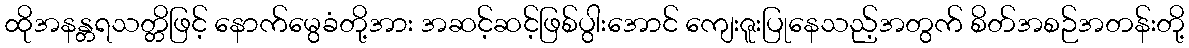
ထိုအနန္တရသတ္တိဖြင့် နောက်မွေခံတို့အား အဆင့်ဆင့်ဖြစ်ပွါးအောင် ကျေးဇူးပြုနေသည့်အတွက် စိတ်အစဉ်အတန်းတို့